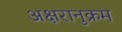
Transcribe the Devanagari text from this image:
अक्षरानुक्रम